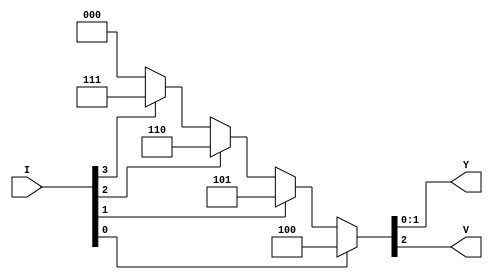
`timescale 1ns/1ps
module encoder_4_2(Y,V,I);
    output  [1:0] Y;
    output  V;
    input [3:0] I;

    // 0001 --> Y=00 V=1  
    // 0010 --> Y=01 V=1
    // 0100 --> Y=10 V=1
    // 1000 --> Y=11 V=1
    // others   V=0

    //assign Y={I[3]|I[2],I[1]|I[3]}; //encoder dataflow
    //assign V=   I[3]&~I[2]&~I[1]&~I[0] |
    //            ~I[3]&I[2]&~I[1]&~I[0] |
    //            ~I[3]&~I[2]&I[1]&~I[0] |
    //            ~I[3]&~I[2]&~I[1]&I[0];

    //always @(*) begin //encoder behavioral
    //    case(I)
    //        4'b0001 : {V,Y} = 3'b100;
    //        4'b0010 : {V,Y} = 3'b101;
    //        4'b0100 : {V,Y} = 3'b110;
    //        4'b1000 : {V,Y} = 3'b111;
    //        default : {V,Y} = 3'b000;
    //    endcase
    //end 

    assign {V,Y} = I[0]?3'b100:I[1]?3'b101:I[2]?3'b110:I[3]?3'b111:3'b000; //priority encoder dataflow

    //always @(*) begin //priority encoder behavioral
    //        if(I[0])      {V,Y}=3'b100;
    //        else if(I[1]) {V,Y}=3'b101;
    //        else if(I[2]) {V,Y}=3'b110;
    //        else if(I[3]) {V,Y}=3'b111;
    //        else          {V,Y}=3'b000;
    //end

endmodule